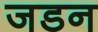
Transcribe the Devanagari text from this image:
जडन